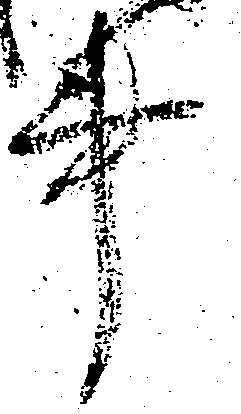
事